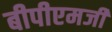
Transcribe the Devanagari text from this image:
बीपीएमजी